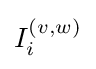
I_{i}^{(v,w)}